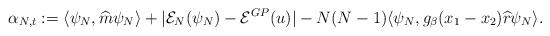
LaTeX: \begin{align*} \alpha_{N,t}:=\langle\psi_N,\widehat{m}\psi_N\rangle+|\mathcal{E}_N(\psi_N)-\mathcal{E}^{GP}(u)|-N(N-1)\langle\psi_N,g_\beta(x_1-x_2)\widehat{r}\psi_N\rangle.\end{align*}